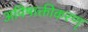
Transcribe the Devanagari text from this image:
अविषाक्तीकरणृ